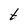
Character: t